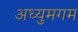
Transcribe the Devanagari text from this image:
अध्युमगम